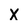
Character: X